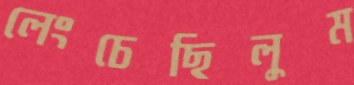
লেংচেছিলুম